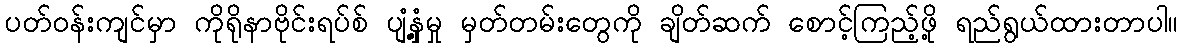
ပတ်ဝန်းကျင်မှာ ကိုရိုနာဗိုင်းရပ်စ် ပျံ့နှံ့မှု မှတ်တမ်းတွေကို ချိတ်ဆက် စောင့်ကြည့်ဖို့ ရည်ရွယ်ထားတာပါ။